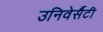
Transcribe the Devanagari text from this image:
उनिवेर्सैटी